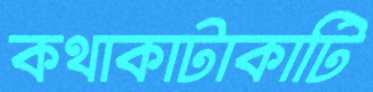
কথাকাটাকাটি